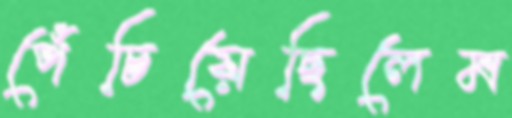
পেঁচিয়েছিলেম